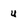
Character: u